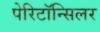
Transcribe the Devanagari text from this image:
पेरिटॉन्सिलर